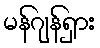
မန်ဂျန်ရှား